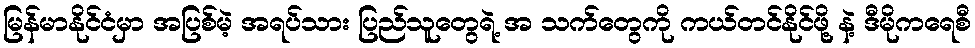
မြန်မာနိုင်ငံမှာ အပြစ်မဲ့ အရပ်သား ပြည်သူတွေရဲ့ အ သက်တွေကို ကယ်တင်နိုင်ဖို့ နဲ့ ဒီမိုကရေစီ